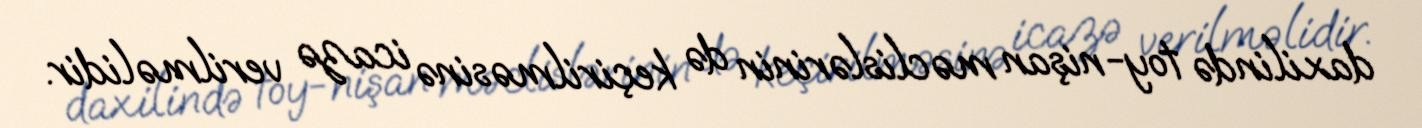
daxilində toy-nişan məclislərinin də keçirilməsinə icazə verilməlidir.